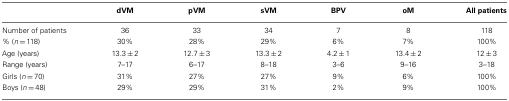
|  | dVM | pVM | sVM | BPV | oM | All patients |
 | --- | --- | --- | --- | --- | --- | --- |
 | Number of patients | 36 | 33 | 34 | 7 | 8 | 118 |
 | % (n = 118) | 30% | 28% | 29% | 6% | 7% | 100% |
 | Age (years) | 13.3 ± 2 | 12.7 ± 3 | 13.3 ± 2 | 4.2 ± 1 | 13.4 ± 2 | 12 ± 3 |
 | Range (years) | 7–17 | 6–17 | 8–18 | 3–6 | 9–16 | 3–18 |
 | Girls (n = 70) | 31% | 27% | 27% | 9% | 6% | 100% |
 | Boys (n = 48) | 29% | 29% | 31% | 2% | 9% | 100% |